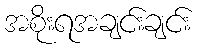
အစိုးရအချင်းချင်း